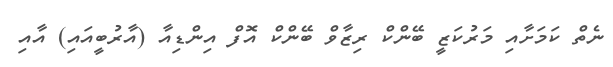
ނެތް ކަމަށާއި މަރުކަޒީ ބޭންކް ރިޒާވް ބޭންކް އޮފް އިންޑިއާ (އާރުބީއައި) އާއި